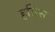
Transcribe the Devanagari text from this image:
हतिस